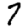
Digit: 7